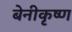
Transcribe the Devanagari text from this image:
बेनीकृष्ण